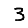
Digit: 3